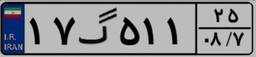
۱۷گ۵۱۱۲۵